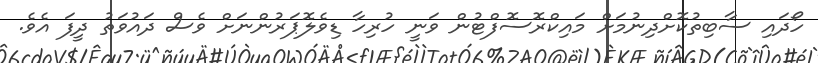
ހޯދައި ސާބިތުކޮށްދިނުމަށް މައިކްރޮސޮފްޓުން ވަނީ ހުރިހާ ޑިވެލޮޕަރުންނަށް ވެސް ދައުވަތު ދީފަ އެވެ.